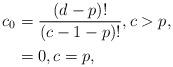
LaTeX: \begin{align*} c_{0} &= \frac{(d-p)!}{(c-1-p)!}, c > p, \\ &= 0, c = p,\end{align*}